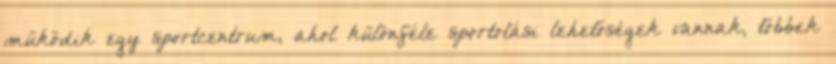
működik egy sportcentrum, ahol különféle sportolási lehetőségek vannak, többek